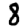
Digit: 8